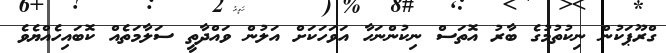
ގްރޫޕަކުން ނިކުތުމުގެ ބާރު އޮތަސް ނިކުންނަހާ އަވަހަކަށް އަލުން ވައްދާތީ ސަލާމަތެއް ކޮބައިހެއްޔެވެ